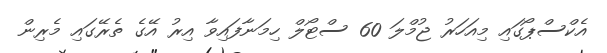
އެކްސްޕޯގައި މިއަހަރު ޖުމްލަ 60 ސްޓޯލް ހިމަނާފައިވާ އިރު އޭގެ ތެރޭގައި މެރިން